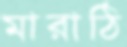
মারাঠি